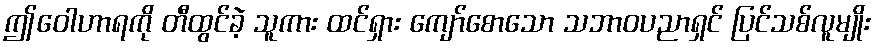
ဤဝေါဟာရကို တီထွင်ခဲ့ သူကား ထင်ရှား ကျော်စောသော သဘာဝပညာရှင် ပြင်သစ်လူမျိုး